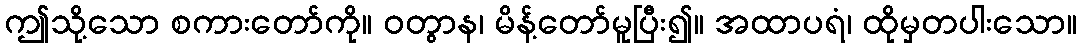
ဤသို့သော စကားတော်ကို။ ဝတွာန၊ မိန့်တော်မူပြီး၍။ အထာပရံ၊ ထိုမှတပါးသော။